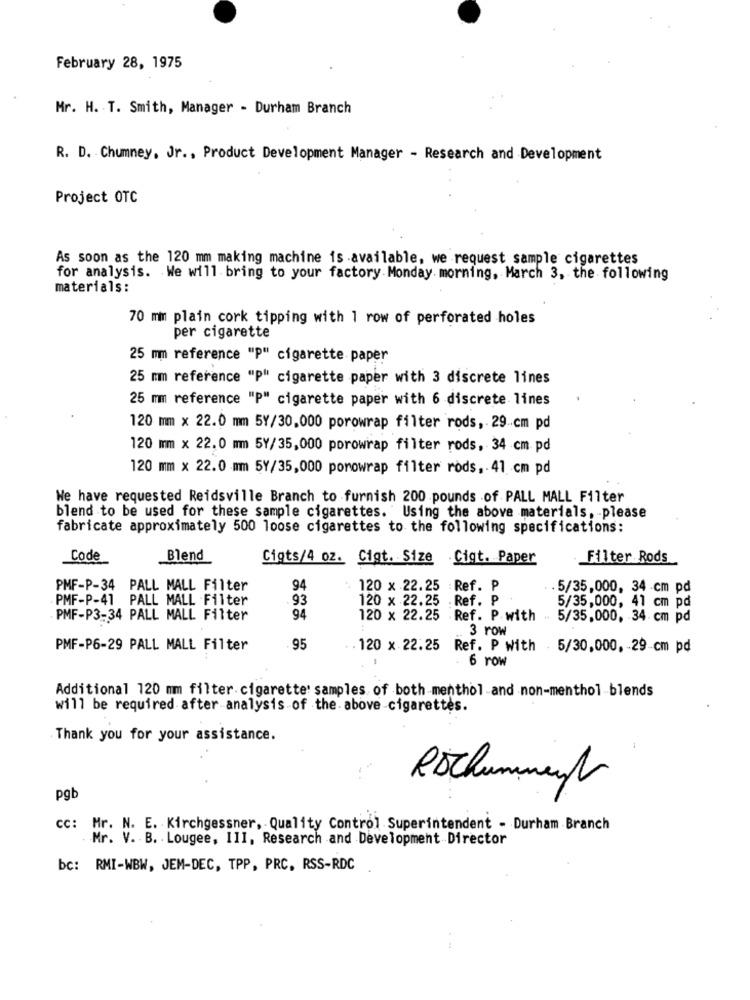
February 28, 1975
Mr. H. T. Smith, Manager - Durham Branch
R. D. Chumney, Jr ., Product Development Manager - Research and Development
Project OTC
As soon as the 120 mm making machine is available, we request sample cigarettes
for analysis. We will bring to your factory Monday morning, March 3, the following
materials:
70 mm plain cork tipping with 1 row of perforated holes
per cigarette
25 mm reference "P" cigarette paper
25 mm reference "P" cigarette paper with 3 discrete lines
25 mm reference "P" cigarette paper with 6 discrete lines
120 mm x 22.0 mm 5Y/30,000 porowrap filter rods, 29cm pd
120 mm x 22.0 mm 5Y/35,000 porowrap filter rods, 34 cm pd
120 mm × 22.0 mm 5Y/35,000 porowrap filter rods, 41 cm pd
We have requested Reidsville Branch to furnish 200 pounds of PALL MALL Filter
blend to be used for these sample cigarettes. Using the above materials, please
fabricate approximately 500 loose cigarettes to the following specifications:
Code
Blend
Cigts/4 oz. Cigt. Size Cigt. Paper
Filter Rods
PMF-P-34 PALL MALL Filter
94
: 120 x 22.25 : Ref. P
. 5/35,000, 34 -cm pd
PMF-P-41 PALL MALL Filter
93
120 x 22.25 . Ref. P
5/35,000, 41 cm pd
PMF-P3-34 PALL MALL Filter
94
120 x 22.25 Ref. P.with . 5/35,000, 34 cm pd
3 row
PMF-P6-29 PALL MALL Filter
95
. 120 x 22.25 Ref. P With
. 5/30,000, - 29-cm pd
6 row
Additional 120 mm filter cigarette' samples of both menthol and non-menthol-blends
will be required after analysis of the above-cigarettes.
Thank you for your assistance.
pgb
cc: Mr. N. E. Kirchgessner, Quality Control Superintendent - Durham Branch
Mr. V. B. Lougee, III, Research and Development Director
bc: RMI-WBW, JEM-DEC, TPP, PRC, RSS-RDC